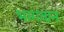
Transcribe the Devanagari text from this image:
भग्गवान